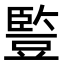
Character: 䜿